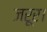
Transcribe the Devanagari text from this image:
जरूर।